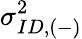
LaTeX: \sigma_{ID,(-)}^{2}